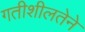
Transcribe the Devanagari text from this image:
गतीशीलतेने